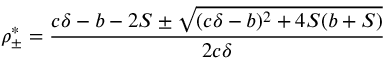
\rho _ { \pm } ^ { * } = \frac { c \delta - b - 2 S \pm \sqrt { ( c \delta - b ) ^ { 2 } + 4 S ( b + S ) } } { 2 c \delta }